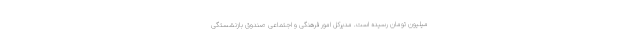
میلیون تومان رسیده است. مدیرکل امور فرهنگی و اجتماعی صندوق بازنشستگی